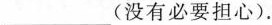
___(没有必要担心).